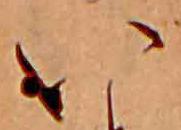
い